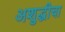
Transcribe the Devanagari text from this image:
अशुद्धीचा